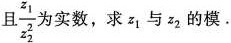
且\frac{z_{1}}{z_{2}^{2}}为实数，求z_{1}与z_{2}的模.